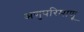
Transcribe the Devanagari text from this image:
अणुपरिमाणू